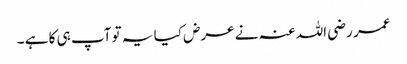
عمر رضی اللہ عنہ نے عرض کیا یہ تو آپ ہی کا ہے ۔